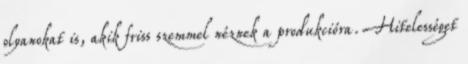
olyanokat is, akik friss szemmel néznek a produkcióra. Hitelességet